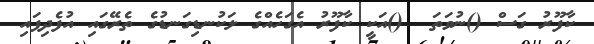
ކާފޫރު ގަސް ()ނުވަތަ  ()އަކީ ކާފޫރު އެގަހެއްގެ ލަކުނޑިގަނޑުގެ ތެރޭގައި އުފެދިފައި